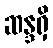
ဆန္ဒရှိ